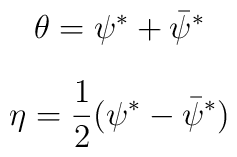
\theta = \psi ^{\ast} + \bar{\psi}^{\ast}$$$$\eta = {1 \over 2}(\psi ^{\ast} - \bar{\psi}^{\ast})